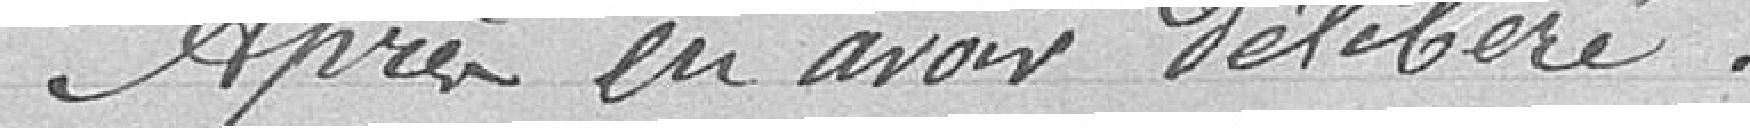
Après en avoir délibéré :